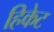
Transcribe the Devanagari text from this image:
हिकेट